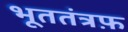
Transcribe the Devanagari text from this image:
भूततंत्रफ़